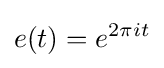
e(t)=e^{2\pi it}